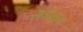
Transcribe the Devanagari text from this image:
रांगेतच